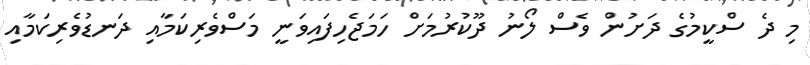
މި ދެ ސްކީމުގެ ދަށުން ވެސް ލޯނު ދޫކުރުމަށް ހަމަޖެހިފައިވަނީ މަސްވެރިކަމާއި ދަނޑުވެރިކަމާއި